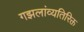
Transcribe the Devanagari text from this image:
गझलांव्यतिरिक्त